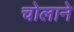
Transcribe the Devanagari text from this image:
चोलाने